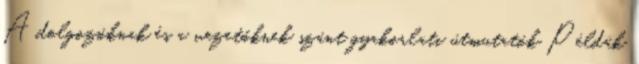
A dolgozóknak és a vezetőknek szánt gyakorlati útmutatók Példák